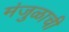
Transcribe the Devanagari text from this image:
मंजुळाची